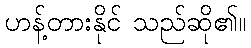
ဟန့်တားနိုင် သည်ဆို၏။